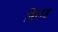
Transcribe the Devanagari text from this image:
बिलड